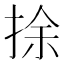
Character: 捈